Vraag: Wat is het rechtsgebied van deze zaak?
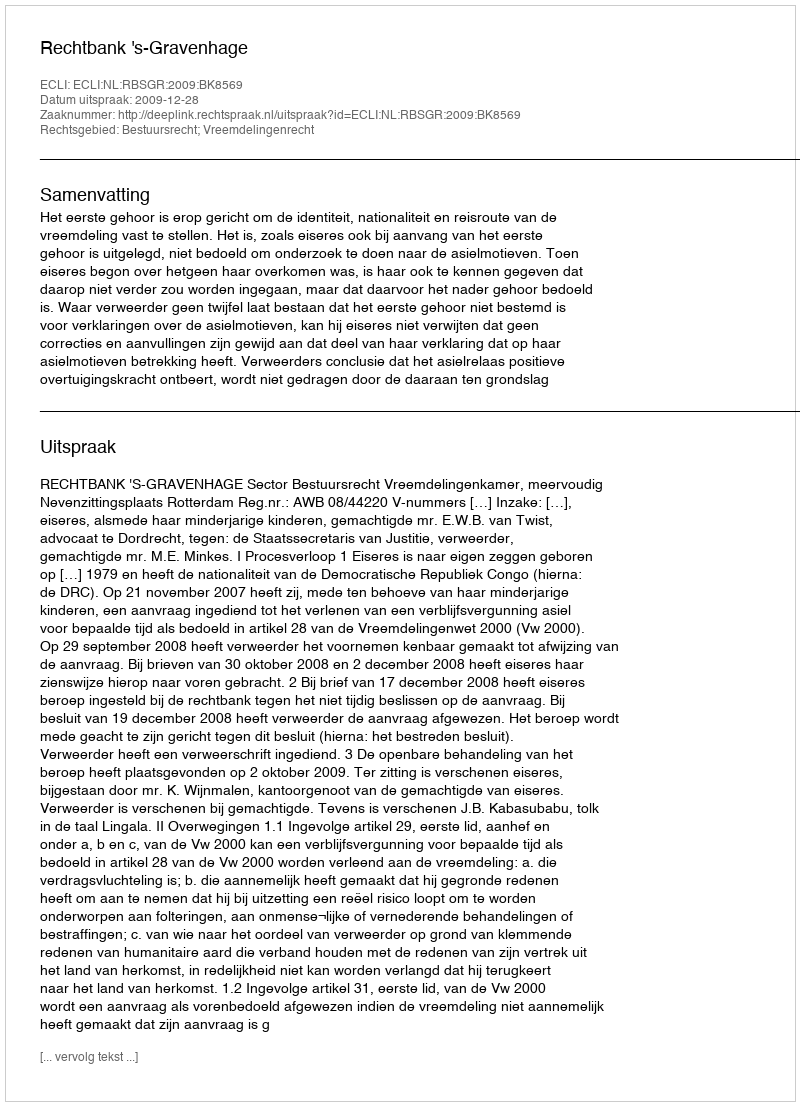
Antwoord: Bestuursrecht; Vreemdelingenrecht